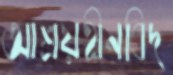
আশ্রয়হীনবিদ্